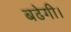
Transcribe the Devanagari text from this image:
बढेगी।